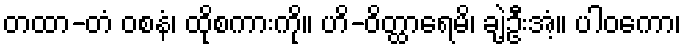
တထာ-တံ ဝစနံ၊ ထိုစကားကို။ ဟိ-ဝိတ္ထာရေမိ၊ ချဲ့ဦးအံ့။ ပါဝကော၊